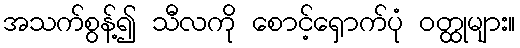
အသက်စွန့်၍ သီလကို စောင့်ရှောက်ပုံ ဝတ္ထုများ။